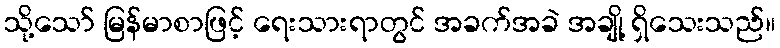
သို့သော် မြန်မာစာဖြင့် ရေးသားရာတွင် အခက်အခဲ အချို့ ရှိသေးသည်။